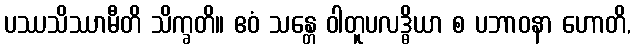
ပဿသိဿာမီတိ သိက္ခတိ။ ဧဝံ သန္တေ ဝါတူပလဒ္ဓိယာ စ ပဘာဝနာ ဟောတိ,